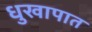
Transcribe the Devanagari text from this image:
धुखापात